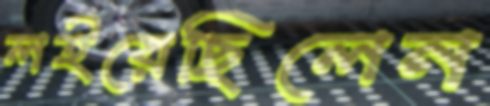
লইয়েছিলেন